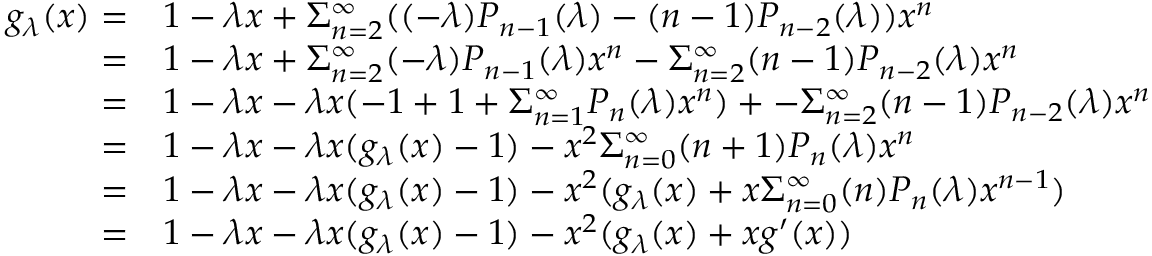
\begin{array} { r l } { g _ { \lambda } ( x ) = } & { { } 1 - \lambda x + \Sigma _ { n = 2 } ^ { \infty } ( ( - \lambda ) P _ { n - 1 } ( \lambda ) - ( n - 1 ) P _ { n - 2 } ( \lambda ) ) x ^ { n } } \\ { = } & { { } 1 - \lambda x + \Sigma _ { n = 2 } ^ { \infty } ( - \lambda ) P _ { n - 1 } ( \lambda ) x ^ { n } - \Sigma _ { n = 2 } ^ { \infty } ( n - 1 ) P _ { n - 2 } ( \lambda ) x ^ { n } } \\ { = } & { { } 1 - \lambda x - \lambda x ( - 1 + 1 + \Sigma _ { n = 1 } ^ { \infty } P _ { n } ( \lambda ) x ^ { n } ) + - \Sigma _ { n = 2 } ^ { \infty } ( n - 1 ) P _ { n - 2 } ( \lambda ) x ^ { n } } \\ { = } & { { } 1 - \lambda x - \lambda x ( g _ { \lambda } ( x ) - 1 ) - x ^ { 2 } \Sigma _ { n = 0 } ^ { \infty } ( n + 1 ) P _ { n } ( \lambda ) x ^ { n } } \\ { = } & { { } 1 - \lambda x - \lambda x ( g _ { \lambda } ( x ) - 1 ) - x ^ { 2 } ( g _ { \lambda } ( x ) + x \Sigma _ { n = 0 } ^ { \infty } ( n ) P _ { n } ( \lambda ) x ^ { n - 1 } ) } \\ { = } & { { } 1 - \lambda x - \lambda x ( g _ { \lambda } ( x ) - 1 ) - x ^ { 2 } ( g _ { \lambda } ( x ) + x g ^ { \prime } ( x ) ) } \end{array}